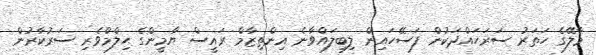
މާލޭގެ ހަތަރު ސަރަހައްދަކުން ފަސޭހައިން ލިބިލައްވާނެ އިންތިޒާމް ރައީސް ޔާމީންގެ ޙިލްމްވެރި ސަރުކާރުން